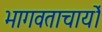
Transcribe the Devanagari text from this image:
भागवताचार्यों